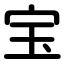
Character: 宝